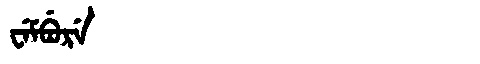
Manchu: ᠸᡝᠮᠪᡠᡵᡝ
Romanization: WEMBURE